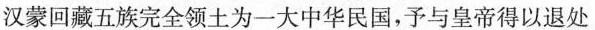
汉蒙回藏五族完全领土为一大中华民国，予与皇帝得以退处